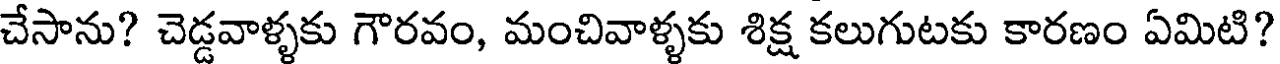
చేసాను? చెడ్డవాళ్ళకు గౌరవం, మంచివాళ్ళకు శిక్ష కలుగుటకు కారణం ఏమిటి?